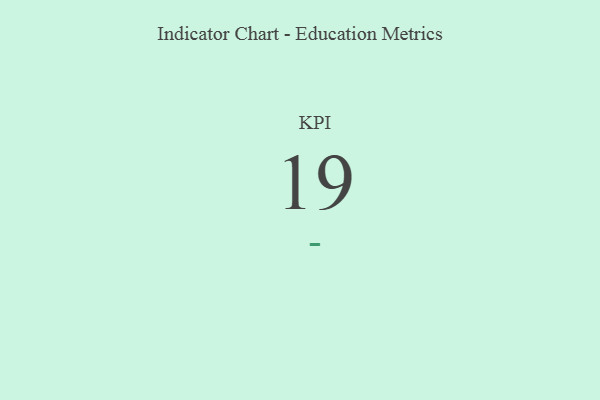
{"axis": {"x": "KPI", "y": "Value"}, "legend": [""], "data": [{"x": "KPI", "y": 19, "type": ""}]}